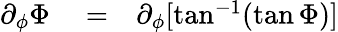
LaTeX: \begin{array}{rlr}{\partial_{\phi}\Phi}&{{}=}&{\partial_{\phi}[\tan^{-1}(\tan\Phi)]}\end{array}